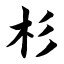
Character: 杉